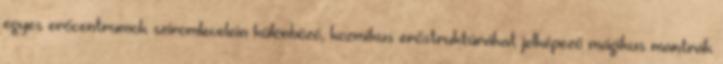
egyes erőcentrumok sziromlevelein különböző, kozmikus erőstruktúrákat jelképező mágikus mantrák